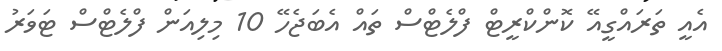
އެއީ ތަރައްގީއޭ ކޮންކްރީޓް ފްލެޓްސް ތައް އެބަޖެހޭ 10 މިލިއަން ފްލެޓްސް ޓަވަރު